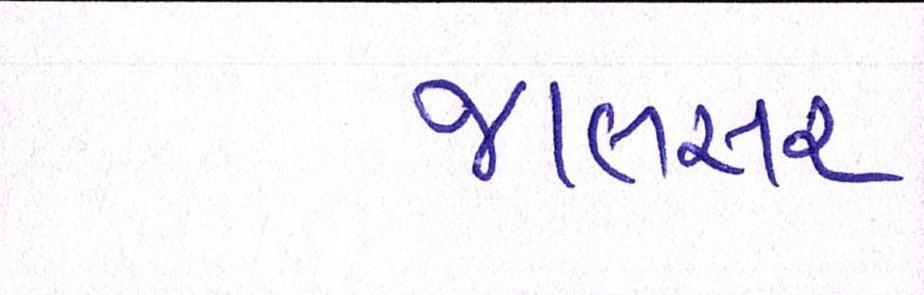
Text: જાલસર